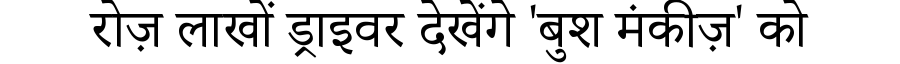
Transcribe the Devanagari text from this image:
रोज़ लाखों ड्राइवर देखेंगे 'बुश मंकीज़' को